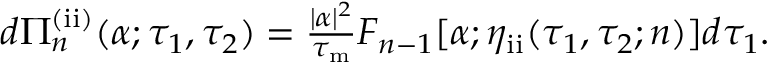
\begin{array} { r } { d \Pi _ { n } ^ { \mathrm { ( i i ) } } ( \alpha ; \tau _ { 1 } , \tau _ { 2 } ) = \frac { | \alpha | ^ { 2 } } { \tau _ { \mathrm { m } } } F _ { n - 1 } [ \alpha ; \eta _ { \mathrm { i i } } ( \tau _ { 1 } , \tau _ { 2 } ; n ) ] d \tau _ { 1 } . } \end{array}